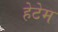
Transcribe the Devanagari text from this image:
हेटेम